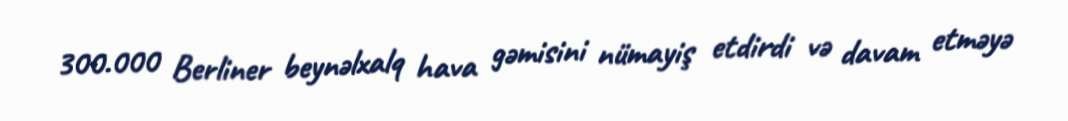
300.000 Berliner beynəlxalq hava gəmisini nümayiş etdirdi və davam etməyə